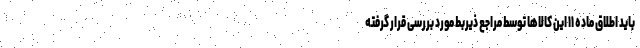
باید اطلاق ماده ۱۱ این کالاها توسط مراجع ذیربط مورد بررسی قرار گرفته